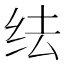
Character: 𬘛